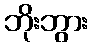
ဘိုးဘွား